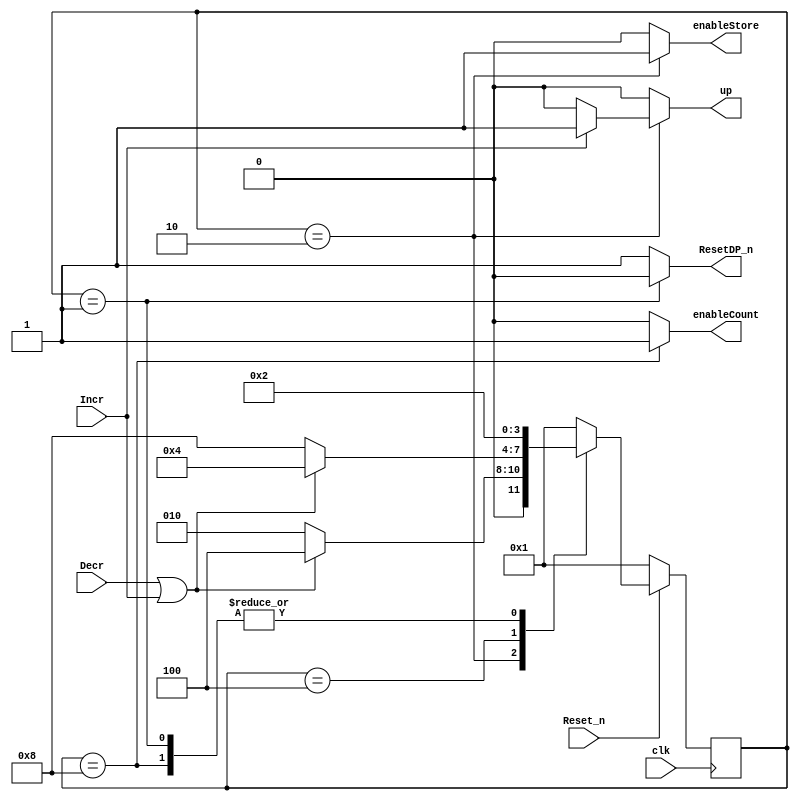
//The follwing control and data paths control the process of adding and removing particles
//User adds and removes particles by pressing keys



module controlMoles (Reset_n, Incr, Decr, ResetDP_n, up, enableCount, enableStore, clk);

	input Reset_n, Incr, Decr, clk;
	output reg ResetDP_n, //resets datapath
					up, //tells the datapath to increase or decrease the number of partciles/moles
					enableCount, //enables counting
					enableStore; //enables storing the new value of up in the d flip flop in the data path
	
	
	reg [3:0] currentState, nextState;
	
	localparam   		Reset = 4'b0001,
							Load = 4'b0010,
							LoadWait = 4'b0100,
							ChangeNum = 4'b1000;

	//Next State Logic: 
	always @(*)
		begin
			case(currentState)

					Reset: begin
							if (!Reset_n)
								nextState = Reset;
							else
								nextState = Load;
						end
						
					Load: begin
							if (Decr || Incr)
								nextState = LoadWait; //Detects key push
								
							else 
								nextState = Load;
							
						end

					LoadWait: begin
	
							if (Decr || Incr)
								nextState = LoadWait;
							else
								nextState = ChangeNum; //detects finger lifted off key
						end
						
					ChangeNum: begin				
								nextState = Load;
						end
					
					default: nextState = Reset;
				endcase
			end
			
			
		// ouput logic, i.e. datapath control signals to be sent based on current state
	always @(*)
		begin
		
				ResetDP_n = 1; up = 0; enableCount = 0; enableStore = 0;  // default is 1 for active low signals
				
			case(currentState)
					Reset: begin
							ResetDP_n = 0;
						end
					
					Load: begin 
					
							enableStore = 1;
							if (Incr)
								up = 1;
							else
								up = 0;
						
							end
							
					LoadWait: begin

						end	
					
					ChangeNum: begin
							enableCount = 1;
						end
									
					//No need for default since all output values have been assigned 0 at the beginning
			endcase
		end
		
	always @(posedge clk)
		begin
		
			if(!Reset_n)
				currentState <= Reset;
			else
				currentState <= nextState;
		end	
	
	
			
endmodule




module datapathMoles(Reset_n, up, enableCount, enableStore, clk, numMoles);

	input Reset_n, up, enableCount, enableStore, clk;
	reg wUp;
	
	output [2:0] numMoles;
	
	//Stores the new value of up assigned from the control path until the user hits the next button
	always @(posedge clk)
		begin
			if(!Reset_n)
				wUp <= 0;
			else if (enableStore)
				wUp <= up;
		end
	
	molesCounter myCounter (wUp, Reset_n, enableCount, clk, numMoles);

endmodule


//Increase or decreases the mole count depending on the 'up' signal
//max number of moles is 5 
//min numbers of moles is 1
module molesCounter(up, clearn, enable, Clock, Q);
	
	input up, clearn, enable, Clock;
	output reg [2:0] Q;
	
	always @ (posedge Clock) begin
	
		if (clearn == 0) begin
			Q <= 1;	
		end
		
		else if (enable == 1) begin

			if (up) begin
				if (Q == 5)
					Q <= 5;
				else
					Q <= Q + 1;
				end
				
			else
				begin
				
					if (Q == 1)
						Q <= 1;
					else
						Q <= Q - 1;
				end 
		
		end
	
	end
	
endmodule